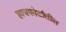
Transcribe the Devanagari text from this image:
हायकोर्टातील